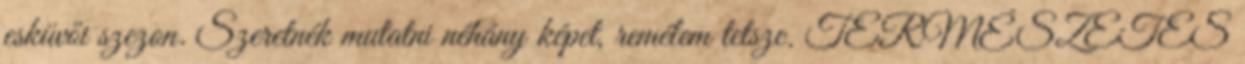
esküvői szezon. Szeretnék mutatni néhány képet, remélem tetsze. TERMÉSZETES